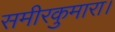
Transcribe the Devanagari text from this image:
समीरकुमारा।